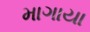
માગાયા